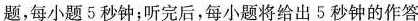
小题,每小题5秒钟;听完后,每小题将给出5秒钟的作答